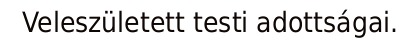
Veleszületett testi adottságai.